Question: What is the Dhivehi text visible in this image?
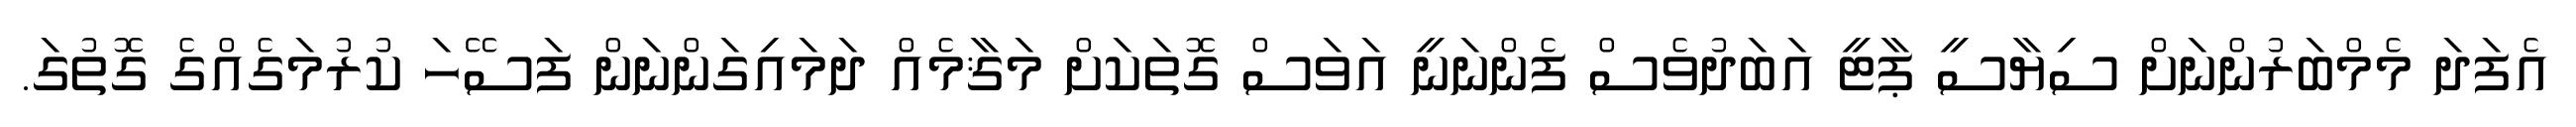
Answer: އެފަދަ މެމްބަރުންނަށް ސިޔާސީ ޕާޓީ އަބަދުވެސް ފެންނަނީ އަވަސް ގޮތަކަށް މަޤާމެއް ދަމައިގަންނަން ފަސޭހަ ކުރުމަގެއްގެ ގޮތުގަ.